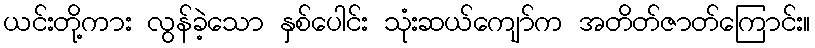
ယင်းတို့ကား လွန်ခဲ့သော နှစ်ပေါင်း သုံးဆယ်ကျော်က အတိတ်ဇာတ်ကြောင်း။